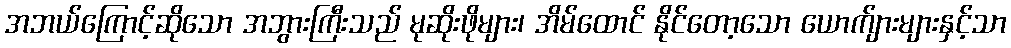
အဘယ်ကြောင့်ဆိုသော အဘွားကြီးသည် မုဆိုးဖိုများ၊ အိမ်ထောင် နိုင်တော့သော ယောက်ျားများနှင့်သာ